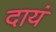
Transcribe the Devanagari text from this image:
दायं